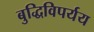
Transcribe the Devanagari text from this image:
बुद्धिविपर्यय